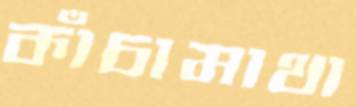
কাঁচামাথা